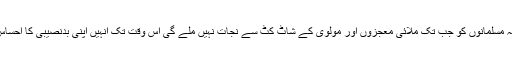
میرا یقین کہتا ہے کہ مسلمانوں کو جب تک ملائی معجزوں اور مولوی کے شاٹ کٹ سے نجات نہیں ملے گی اس وقت تک انہیں اپنی بدنصیبی کا احساس نہیں ہو سکے گا ۔